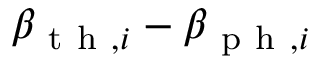
\beta _ { \mathrm { ~ t ~ h ~ } , i } - \beta _ { \mathrm { ~ p ~ h ~ } , i }